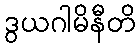
ဒွယဂါမိနီတိ